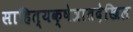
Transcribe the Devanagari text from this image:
साहित्यक्षेत्रातदेखिल